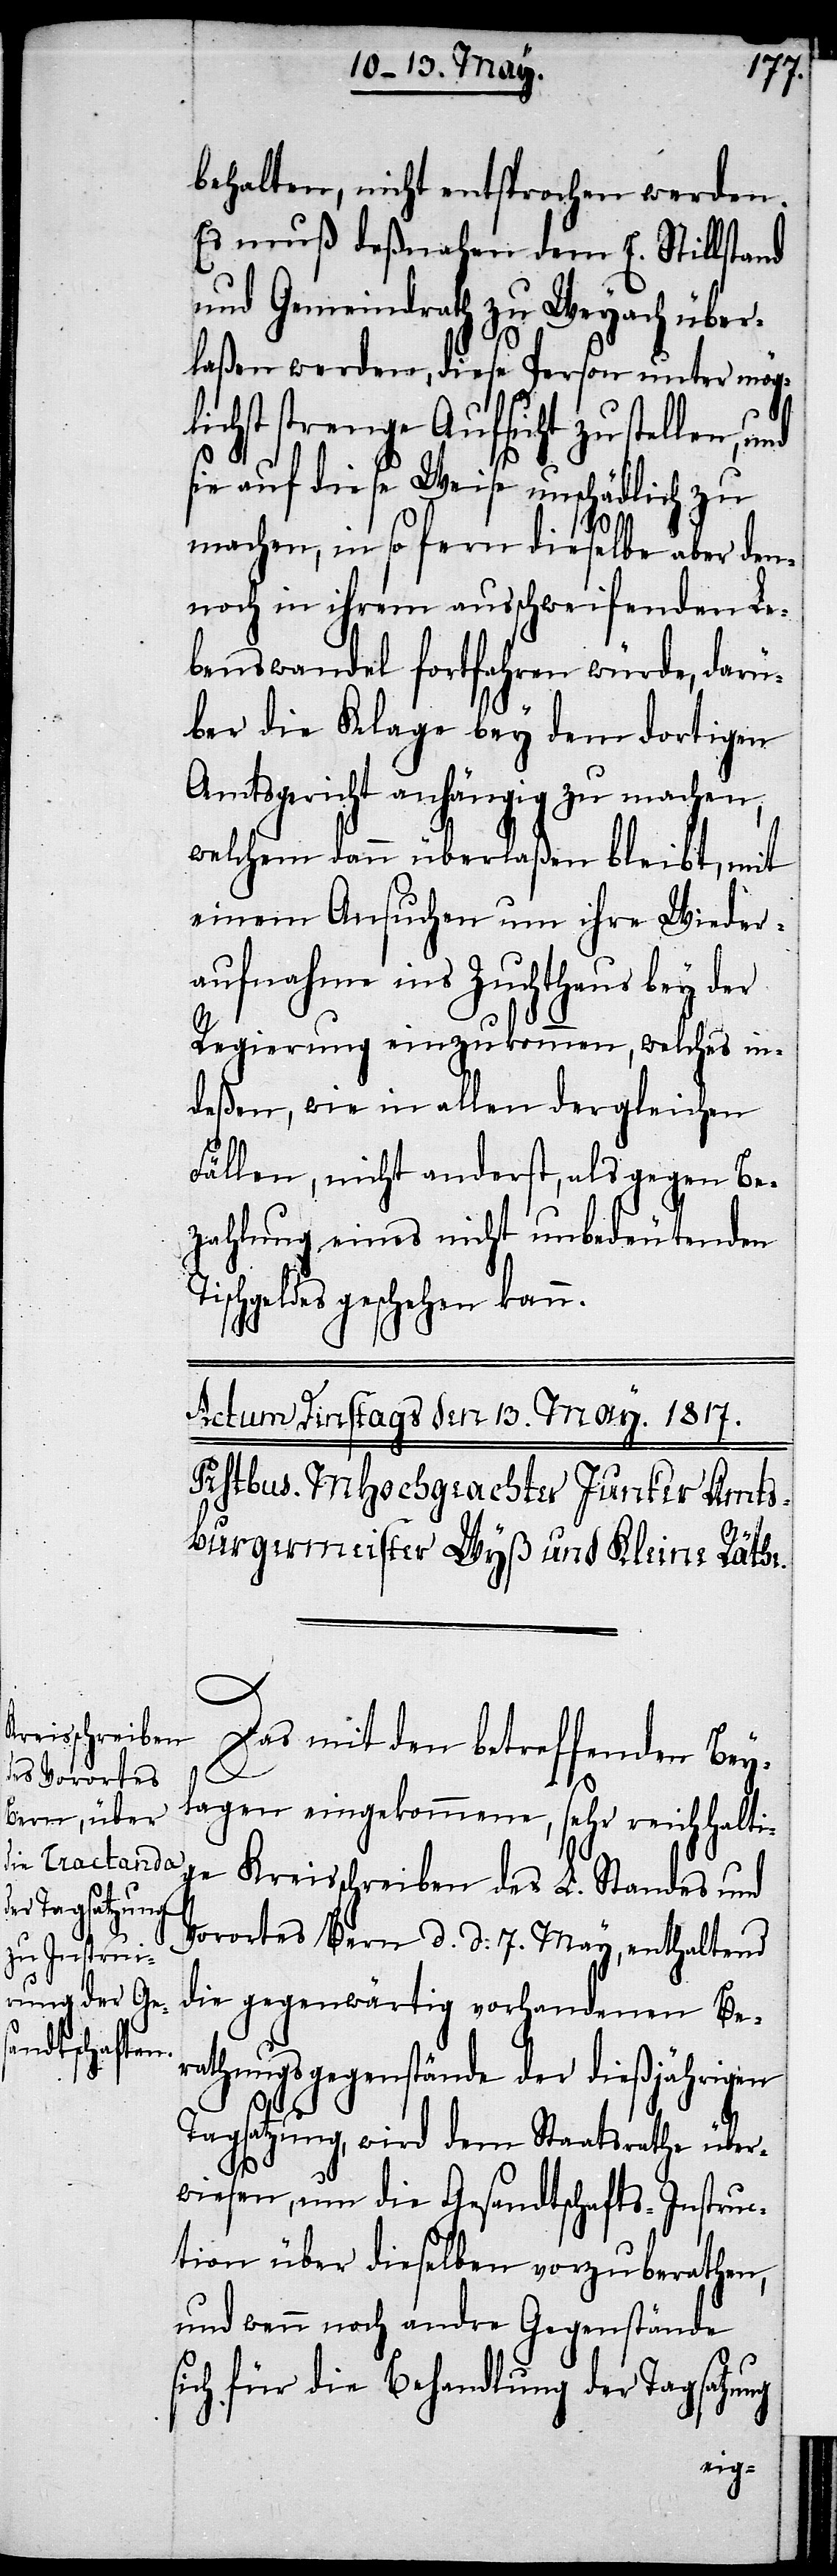
behalten, nicht entsprochen werden.
Es muß deßnahen dem E. Stillstand
und Gemeindrath zu Weyach über¬
laßen werden, diese Person unter mög¬
lichst strenge Aufsicht zu stellen,
sie auf diese Weise unschädlich zu
machen, in so fern dieselbe aber den¬
noch in ihrem ausschweifenden Le¬
benswandel fortfahren würde, darü¬
ber Klage bey dem dortigen
Amtsgericht anhängig zu machen,
welchem dann überlaßen bleibt, mit
einem Ansuchen um ihre Wieder¬
aufnahme ins Zuchthaus bey der
Regierung einzukommen, welches in¬
deßen, wie in allen dergleichen
Fällen, nicht anderst, als gegen Be¬
zahlung eines nicht unbedeutenden
schgeldes geschehen kann.
Das mit den betreffenden Bey¬
lagen eingekommene, sehr reichhalti¬
ge Kreisschreiben des L. Standes und
Vorortes Bern d. d. 7. May, enthaltend
die gegenwärtig vorhandenen Be¬
rathungsgegenstände der dießjährigen
Tagsatzung, wird dem Staatsrathe über¬
wiesen, um die Gesandtschafts-Instruc¬
tion über dieselben vorzuberathen,
und wenn noch andre Gegenstände
sich für die Behandlung der Tagsatzung
Ti¬